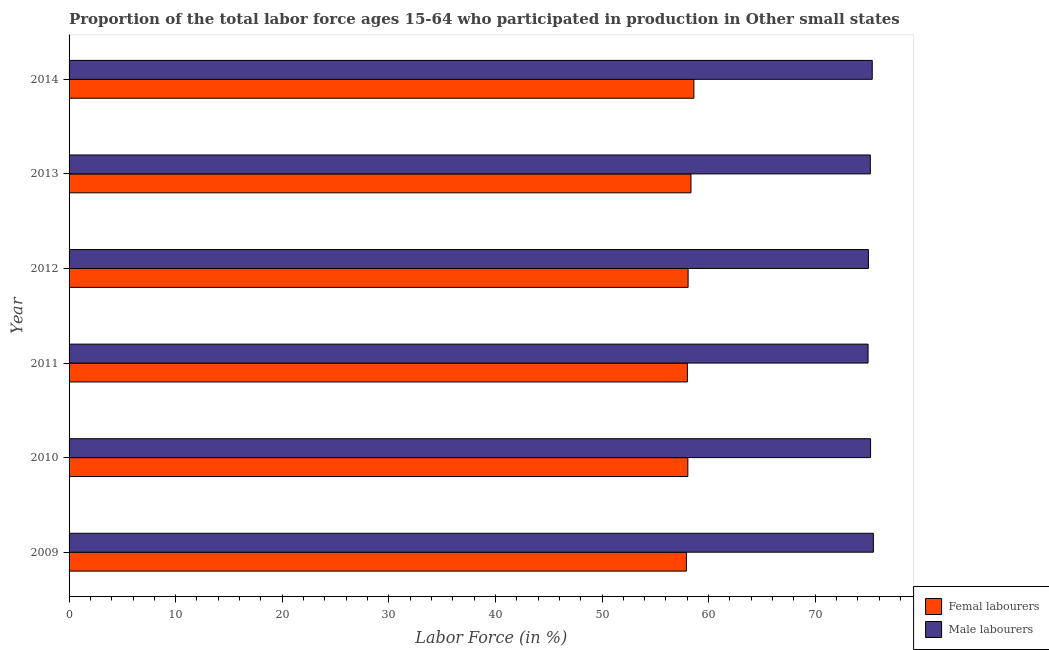
| Year | Femal labourers | Male labourers |
 | --- | --- | --- |
 | 2009 | 57.9 | 75.5 |
 | 2010 | 58.1 | 75.2 |
 | 2011 | 58 | 75 |
 | 2012 | 58.1 | 75 |
 | 2013 | 58.3 | 75.2 |
 | 2014 | 58.6 | 75.4 |